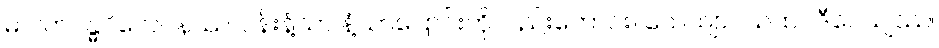
မာလာဂန္ဓဝိလေပနဿ၊ ပန်းနံ့သာ နံ့သာပြောင်းကိုလည်းကောင်း။ သေယျာဝသထပဒီပေယျဿ၊